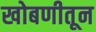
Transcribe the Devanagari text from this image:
खोबणीतून